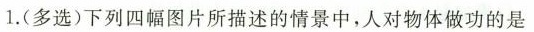
1.(多选)下列四幅图片所描述的情景中，人对物体做功的是